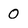
Character: 0